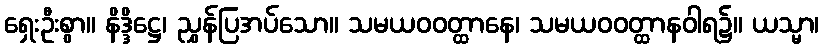
ရှေးဦးစွာ။ နိဒ္ဒိဋ္ဌေ၊ ညွှန်ပြအပ်သော။ သမယဝဝတ္ထာနေ၊ သမယဝဝတ္ထာနဝါရ၌။ ယသ္မာ၊